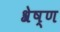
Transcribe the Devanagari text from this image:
श्रेष्‍ण